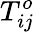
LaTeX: T_{ij}^{o}